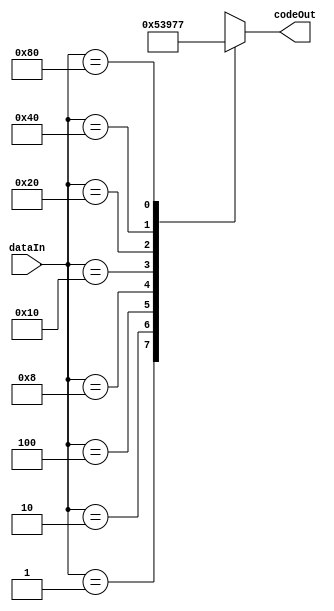
module Encoder_8to3(input [7:0] dataIn, output reg [2:0] codeOut);

always @(*) begin
    case (dataIn)
        8'b00000001: codeOut = 3'b000;
        8'b00000010: codeOut = 3'b001;
        8'b00000100: codeOut = 3'b010;
        8'b00001000: codeOut = 3'b011;
        8'b00010000: codeOut = 3'b100;
        8'b00100000: codeOut = 3'b101;
        8'b01000000: codeOut = 3'b110;
        8'b10000000: codeOut = 3'b111;
        default: codeOut = 3'bxxx;
    endcase
end

endmodule